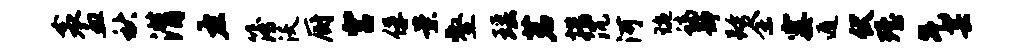
衾血秋潸左簿沃厨宫俘案壑瑶茗措沉河琬螭静跨余霎遁伏殪气芸